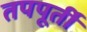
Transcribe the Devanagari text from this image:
तपपूर्ती